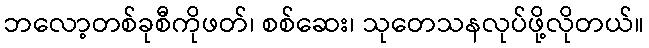
ဘလော့တစ်ခုစီကိုဖတ်၊ စစ်ဆေး၊ သုတေသနလုပ်ဖို့လိုတယ်။